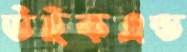
উইকএন্ড